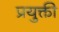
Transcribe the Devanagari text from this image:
प्रयुक्ती